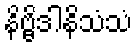
နိဗ္ဗိဒါနိသံသံ